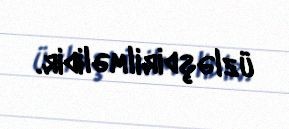
üzləşdirilməlidir.